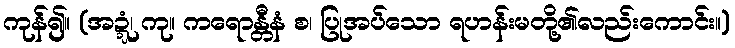
ကုန်၍။ (အဍ္ဍံ၊ ကု။ ကရောန္တီနံ စ၊ ပြုအပ်သော ရဟန်းမတို့၏လည်းကောင်း။)